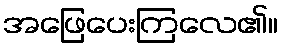
အဖြေပေးကြလေ၏။